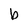
Character: b